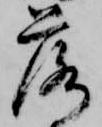
落